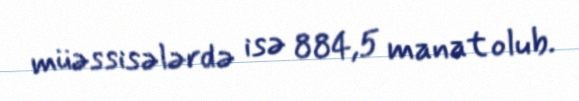
müəssisələrdə isə 884,5 manat olub.